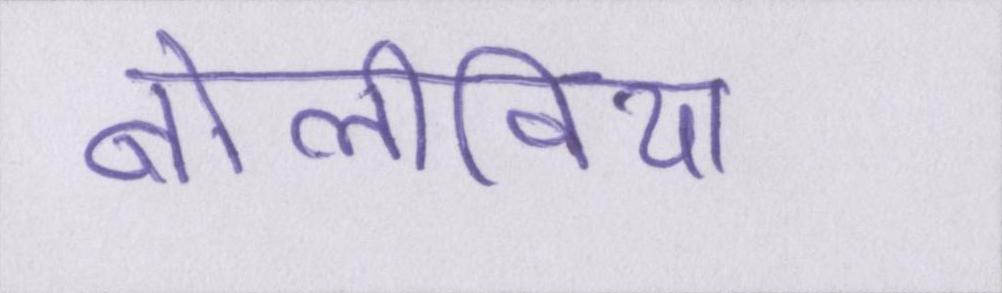
बोलीविया